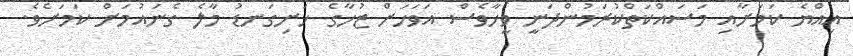
އިއްޔެ ކަމަށާއި މަސައްކަތްކުރަމުންދަނީ ވީހާވެސް އަވަހަށް ޒުހާގެ ހަށިގަނޑު މާލެ ގެނައުމަށް ކަމަށެވެ.